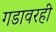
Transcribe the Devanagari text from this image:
गडावरही